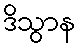
ဒိသွာန